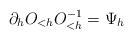
LaTeX: \begin{align*}\partial_h O_{<h} O_{<h}^{-1} = \Psi_h\end{align*}